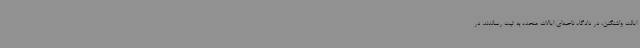
ایالت واشنگتن، در دادگاه ناحیه‌ای ایالات متحده به ثبت رساندند. در